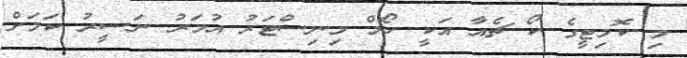
މި ކޮމިޓީގެ ކޯ ޗެއާ އަކީ ހޯމް މިނިސްޓަރު އުމަރު ނަސީރު ކަމަށް